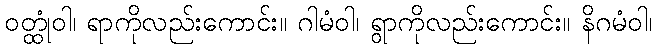
ဝတ္ထုံဝါ၊ ရာကိုလည်းကောင်း။ ဂါမံဝါ၊ ရွာကိုလည်းကောင်း။ နိဂမံဝါ၊